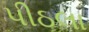
પીઠલા